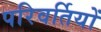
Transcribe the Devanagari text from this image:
परिवर्तियों